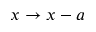
x \rightarrow x - a